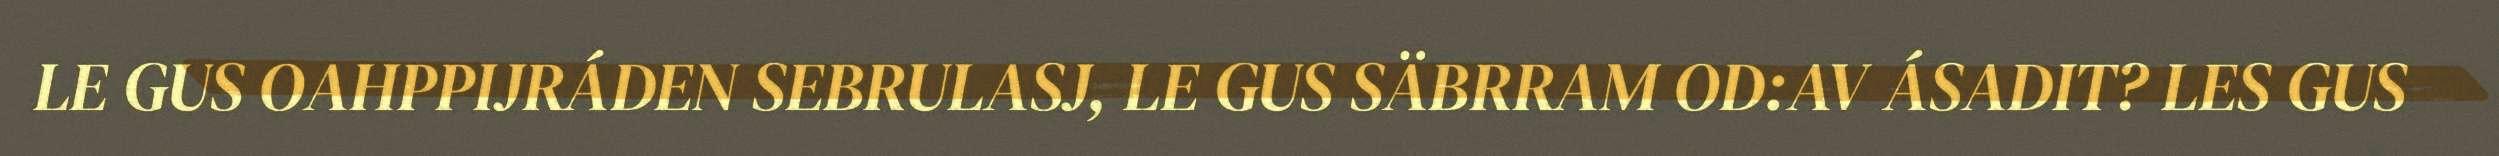
LE GUS OAHPPIJRÁDEN SEBRULASJ, LE GUS SÄBRRAM OD:AV ÁSADIT? LES GUS